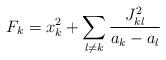
LaTeX: \begin{align*}F_k = x_k^2 + \sum_{l \neq k} {J_{kl}^2 \over a_k - a_l}\end{align*}